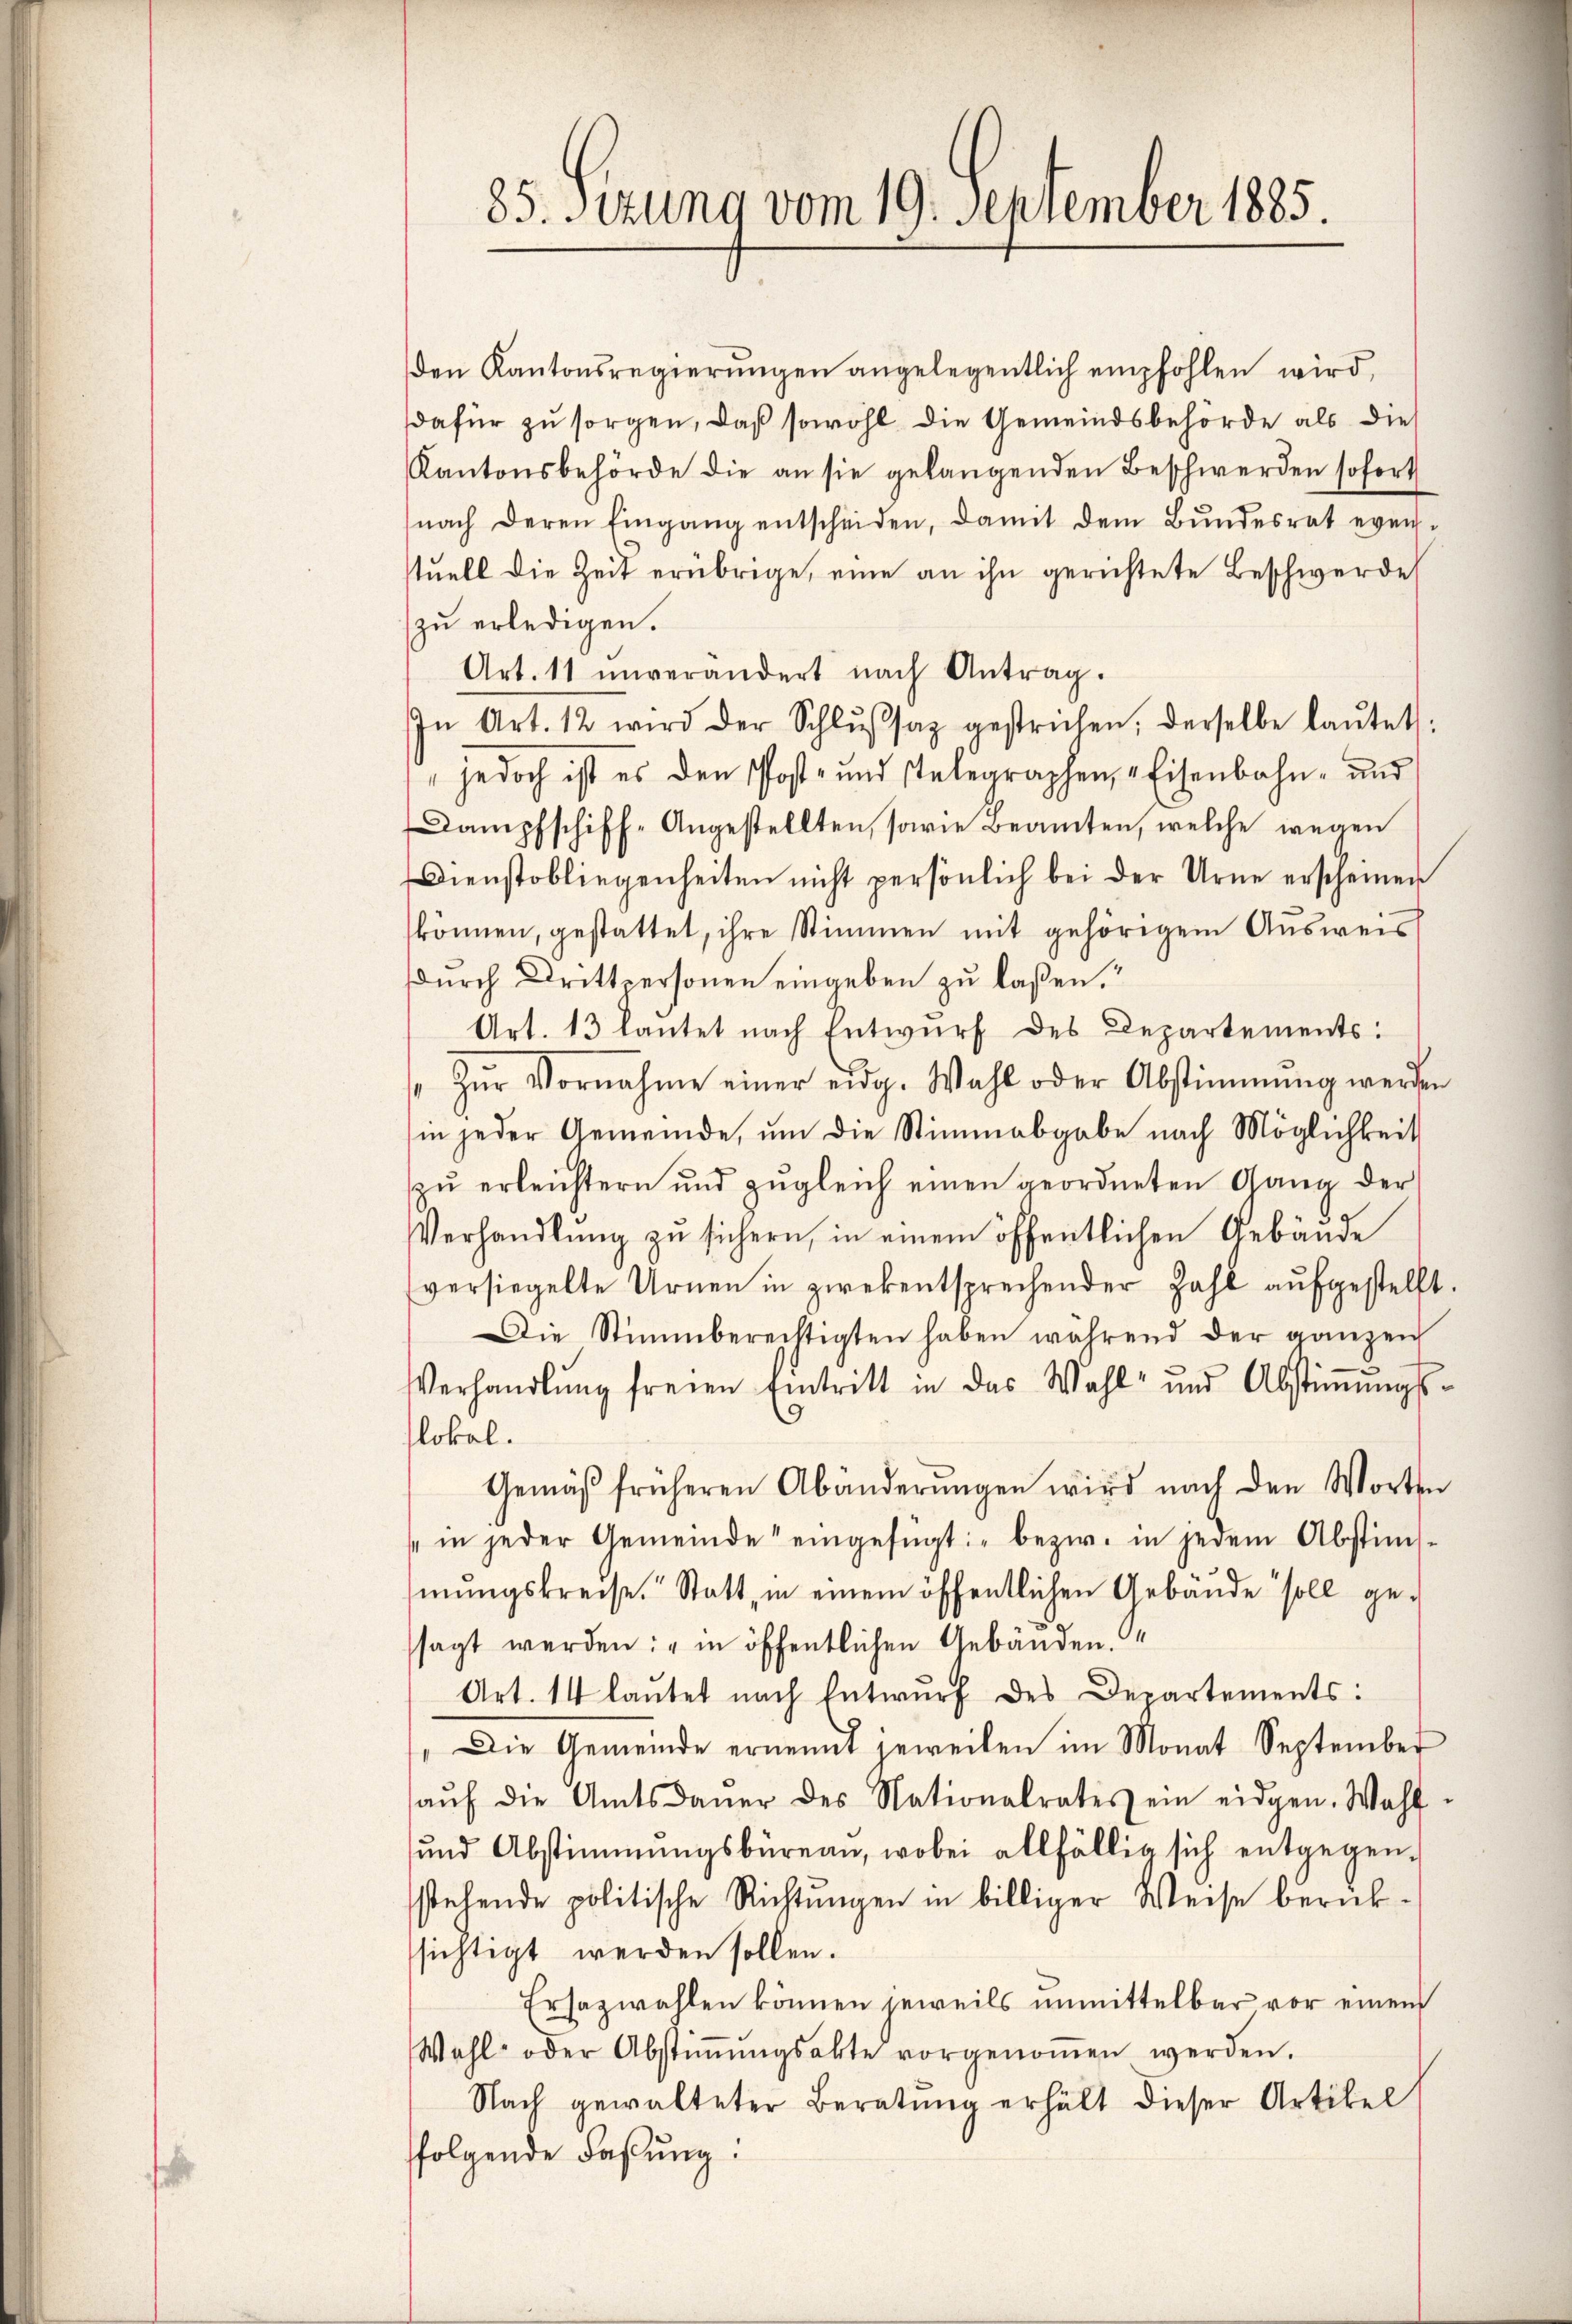
85. Sitzung vom 19. September 1885.

den Kantonsregierungen angelegentlich empfohlen wird,
dafür zu sorgen, daß sowohl die Gemeindsbehörde als die
Kantonsbehörde die an sie gelangenden Beschwerden sofort
nach deren Eingang entscheiden, damit dem Bŭndesrat even-
stuell die Zeit erübrige, eine an ihn gerichtete Beschwerde
zu erledigen.
Art. 11 unverändert nach Antrag.
In Art. 12 wird der Schlŭβsaz gestrichen, derselbe laŭtet:
 jedoch ist es den Post- und stelegraphen Eisenbahn- und
Dampfschiff-Angestellten, sowie Beamten, welche wegen
Dienstobliegenheiten nicht persönlich bei der Urne erscheinen
können, gestattet, ihre Stimmen mit gehörigem Ausweis
durch Drittpersonen eingeben zu laßen.“
Art. 13 lautet nach Entwŭrf des Departements:
Zŭr Vornahme einer eidg. Wahl oder Abstimmung werden
in jeder Gemeinde, ŭm die Stimmabgabe nach Möglichkeit
zŭ erleichtern und zŭgleich einen geordneten Gang der
Verhandlŭng zu sichern, in einem öffentlichen Gebäude
versiegelte Urnen in zwekentsprechender Zahl aŭfgestellt.
Die Stimmberechtigten haben während der ganzen
Verhandlŭng freien Eintritt in das Wahl und Abstiṁŭngs-
flokal.
Gemäβ früheren Abänderŭngen wird nach den Worten
in jeder Gemeinde eingefügt: "bezw. in jedem Abstim-
mŭngskreise. Statt, in einem öffentlichen Gebäŭde soll ge-
sagt werden: "in öffentlichen Gebäuden.
Art. 14 lautet nach Entwurf des Departements:
 Die Gemeinde ernennt jeweilen im Monat September
aŭf die Amtsdaŭer des Nationalrates ein eidgen. Wahl-
und Abstimmungsbüreau, wobei allfällig sich entgegen-
stehende politische Richtŭngen in billiger Weise berük-
sichtigt werden sollen.
Ersazwahlen können jeweils unmittelbar vor einem
Wahl- oder Abstiṁŭngsakte vorgenoṁen werden.
Nach gewalteter Beratŭng erhält dieser Artikel
folgende Faßung: